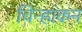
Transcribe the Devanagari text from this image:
चिन्हांकन